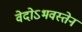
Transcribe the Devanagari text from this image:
वेदोऽभवस्तेन